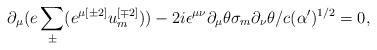
LaTeX: \begin{align*}\partial _{\mu }(e \sum^{}_{\pm } (e^{\mu {[\pm 2]}} u^{{ [\mp 2]}}_{{ m}})) - 2i\epsilon ^{\mu \nu }\partial _{\mu}\theta \sigma _{{ m}}\partial _{\nu }\theta /c(\alpha ')^{{ 1/2}} = 0 ,\end{align*}